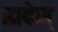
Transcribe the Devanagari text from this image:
ह्यदेस्